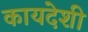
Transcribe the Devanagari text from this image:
कायदेशी